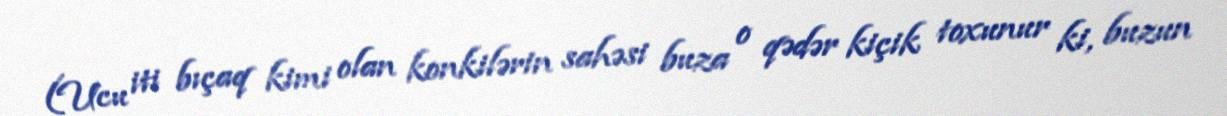
(Ucu iti bıçaq kimi olan konkilərin sahəsi buza o qədər kiçik toxunur ki, buzun